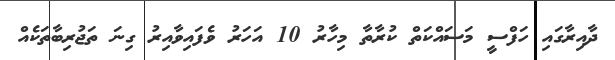
ދާއިރާގައި ހަފްސީ މަސައްކަތް ކުރާތާ މިހާރު 10 އަހަރު ވެފައިވާއިރު ގިނަ ތަޖުރިބާތަކެއް